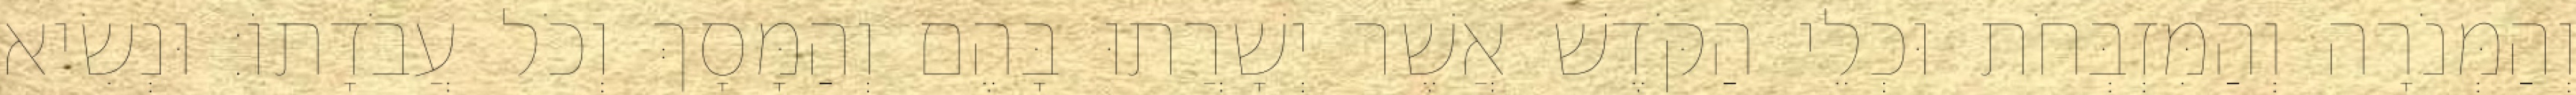
וְהַמְּנֹרָה וְהַמִּזְבְּחֹת וּכְלֵי הַקֹּדֶשׁ אֲשֶׁר יְשָׁרֲתוּ בָּהֶם וְהַמָּסָךְ וְכֹל עֲבֹדָתוֹ׃ וּנְשִׂיא